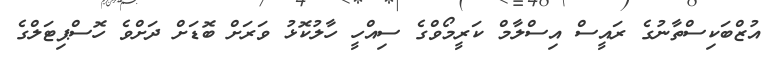
އުޒްބަކިސްތާނުގެ ރައީސް އިސްލާމް ކަރީމޯވްގެ ސިއްހީ ހާލުކޮޅު ވަރަށް ބޮޑަށް ދަށްވެ ހޮސްޕިޓަލްގެ